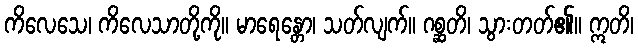
ကိလေသေ၊ ကိလေသာတို့ကို။ မာရေန္တော၊ သတ်လျက်။ ဂစ္ဆတိ၊ သွားတတ်၏။ ဣတိ၊